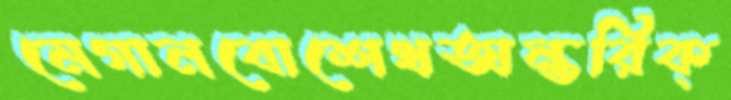
মেগানবোশেখঅন্তরিক্